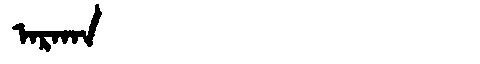
Manchu: ᠠᡵᠠᡴᠠ
Romanization: ARAKA